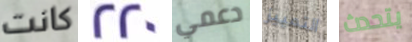
كانت 220 دعمي التمييز يتحدث